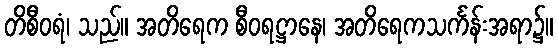
တိစီဝရံ၊ သည်။ အတိရေက စီဝရဋ္ဌာနေ၊ အတိရေကသင်္ကန်းအရာ၌။